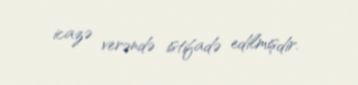
icazə verəndə istifadə edilmişdir.